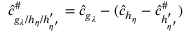
\hat { c } _ { g _ { \lambda } / h _ { \eta } / h _ { \eta ^ { \prime } } ^ { \prime } } ^ { \# } = \hat { c } _ { g _ { \lambda } } - ( \hat { c } _ { h _ { \eta } } - \hat { c } _ { h _ { \eta ^ { \prime } } ^ { \prime } } ^ { \# } )